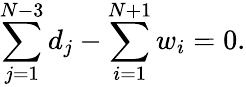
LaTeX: \sum_{j=1}^{N-3}d_{j}-\sum_{i=1}^{N+1}w_{i}=0.